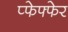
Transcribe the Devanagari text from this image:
प्फेफ्फेर